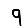
Digit: 9